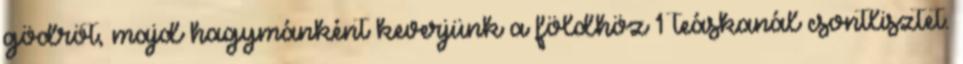
gödröt, majd hagymánként keverjünk a földhöz 1 teáskanál csontlisztet.